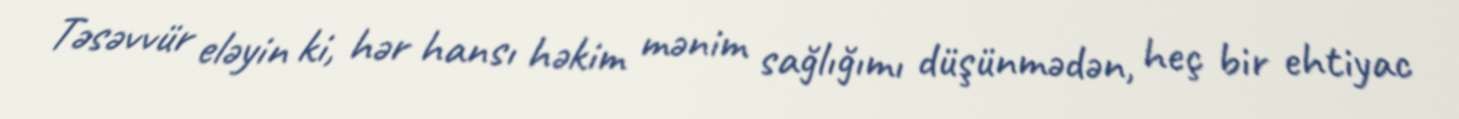
Təsəvvür eləyin ki, hər hansı həkim mənim sağlığımı düşünmədən, heç bir ehtiyac